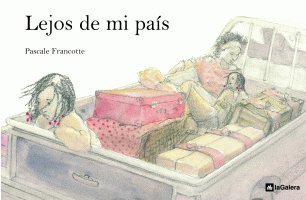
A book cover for Lejos de Mi Pais = Away from My Country (Spanish Edition); Pascale Francotte; Children's Books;